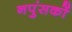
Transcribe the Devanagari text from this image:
नपुंसकों